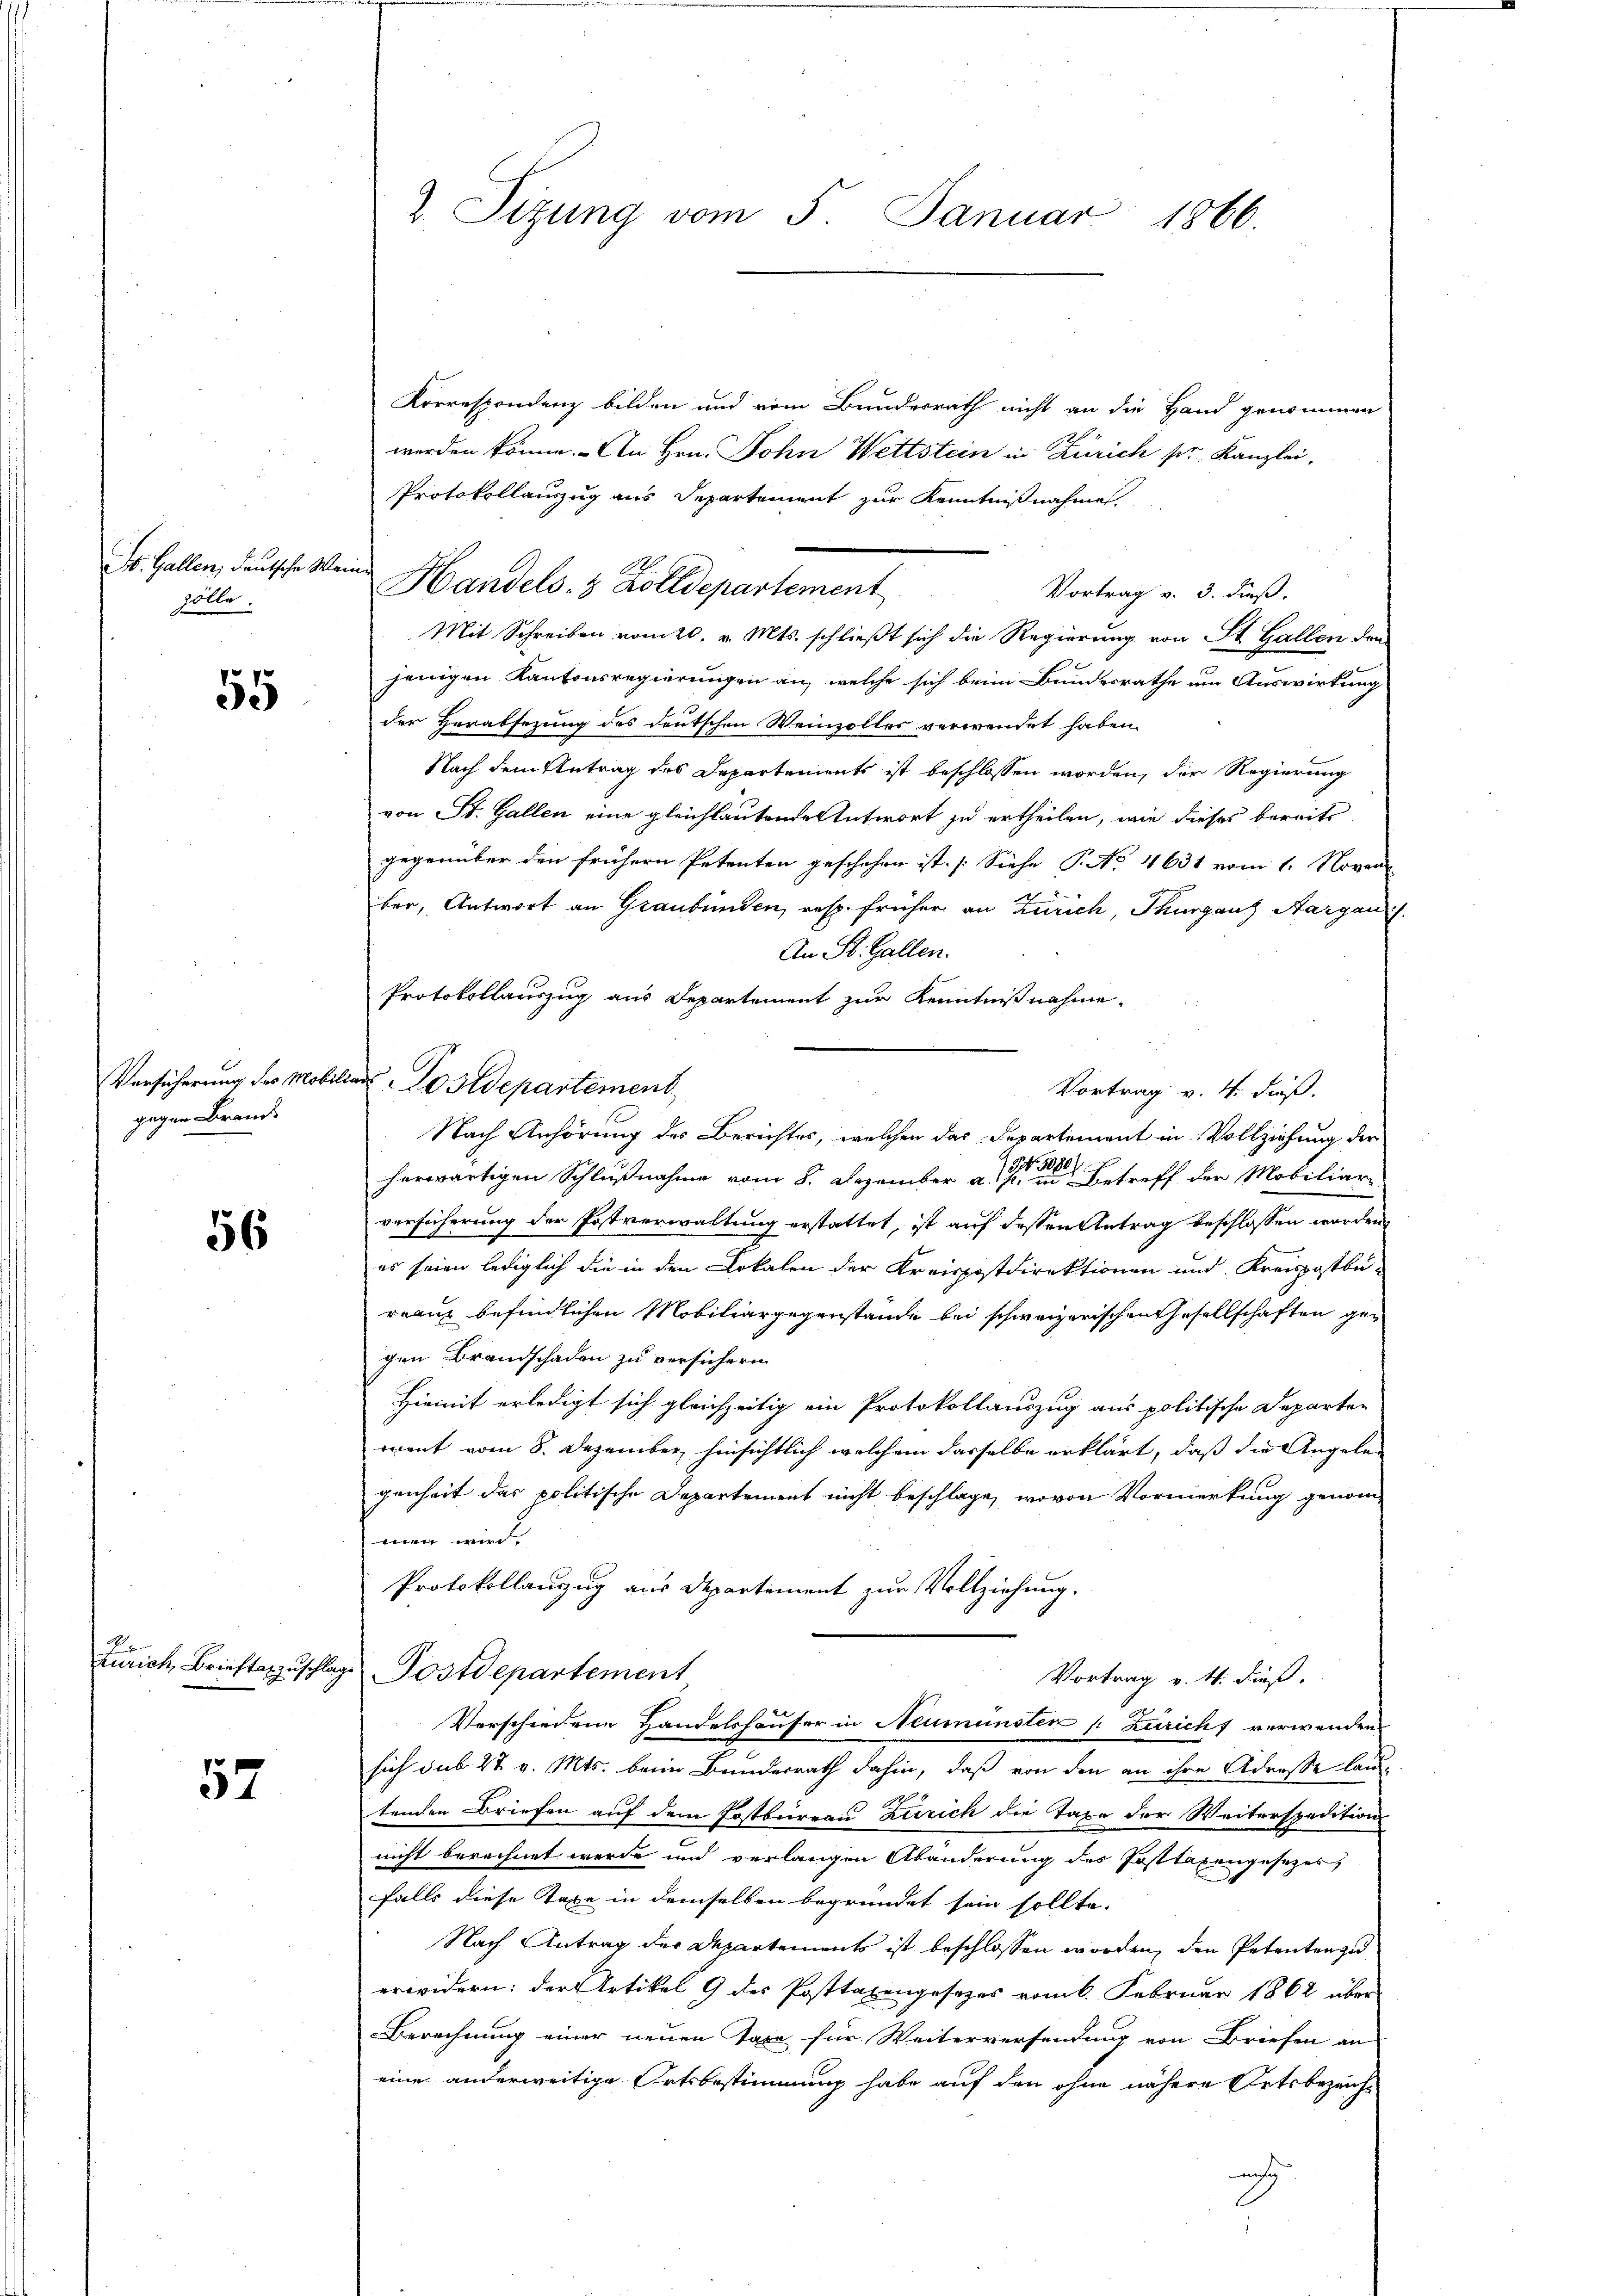
St. Gallen, deutsche Meine
zölle.

55

gegen Brand.

56

57

2. Sizung vom 5. Januar 1866.

Korrespondenz bilden und vom Bundesrath nicht an die Hand genommen
werden könne. An Hrn. John Wettstein in Zürich pr. Kanzlei,
Protokollauszug aus Departement zur Kenntnißnahme
Handels- & Zolldepartement
Vortrag v. 3. dieß.
Mit Schreiben vom 20. v. Mts. schließt sich die Regierung von St. Gallen den
jenigen Kantonsregierungen an, welche sich beim Bundesrathe um Auswirkung
der Herabsezung des deutschen Weinzoller verwendet haben.
Nach dem Antrag des Departements ist beschlossen worden, der Regierung
von St. Gallen eine gleichlautende Antwort zu ertheilen, wie dieses bereits
gegenüber den frühern Petenten geschehen ist. [Siehe P. No 4631 vom 1. Novem
ber, Antwort an Graubünden, resp. früher an Zürich, Thurgaus Aargau.
An St. Gallen.
Protokollauszug aus Departement zur Kenntnisnahme
Versicherung des Mobiliar-Postdepartement
Vortrag v. 4. Fuß.
Nach Anhörung des Berichtes, welchen das Departement in Vollziehung der
herwärtigen Schlußnahme vom 8. Dezember a. a. Betreff der Mobiliarversicherung der Postverwaltung erstattet, ist auf dessen Antrag beschlossen worden,
es seien lediglich die in den Lokalen der Kreispostdirektionen und Kreispostbe-
rrang befindlichen Mobiliargegenstände bei schweizerischen Gesellschaften gegen Brandschaden zu versichern
Hiemit erledigt sich gleichzeitig ein Protokollauszug aus politische Departen
ment vom 8. Dezember hinsichtlich welchem dasselbe erklärt, daß die Angele-
genheit das politische Departement nicht beschlage, wovon Vormerkung genom-
men wird.
Protokollanzug aus Departement zur Vollziehung.
Zürich, Brieftarzuschlag Postdepartement
Vortrag v. 4. dieß.
Verschiedene Handelshäuser in Neumünsten [Züricht verwenden
sich sub 27. v. Mts. beim Bunderrath dahin, daß von den an ihre Adresse lang
tenden Briefen auf dem Postbureau Zürich die Taxe der Weiterspedition
nicht berechnet werde und verlangen Abänderung des Posttaxengesetzes,
falls diese Taxe in demselben begründet sein sollte.
Nach Antrag des Departements ist beschlossen worden, den Petenten zu
erwidern: der Artikel 9 des Posttaxengesezes vom 6. Februar 1862 über
Berechnung einer neuen Taxe für Weiterversendung von Briefen an
eine anderweitige Ortsbestimmung habe auf den ohne nähere Ortsbezeichach